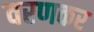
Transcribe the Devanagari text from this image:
वरणकर